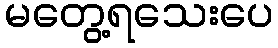
မတွေ့ရသေးပေ